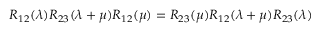
R _ { 1 2 } ( \lambda ) R _ { 2 3 } ( \lambda + \mu ) R _ { 1 2 } ( \mu ) = R _ { 2 3 } ( \mu ) R _ { 1 2 } ( \lambda + \mu ) R _ { 2 3 } ( \lambda )